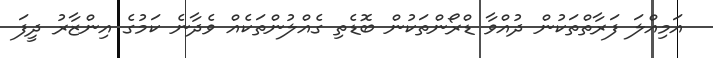
އަމިއްލަ ފަރާތްތަކުން ދުއްވާ ޑްރޯންތަކުން ބޮޑެތި ގެއްލުންތަކެއް ވެދާނެ ކަމުގެ އިންޒާރު ދީފަ